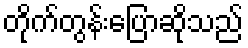
တိုက်တွန်းပြောဆိုသည်